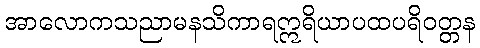
အာလောကသညာမနသိကာရဣရိယာပထပရိဝတ္တန